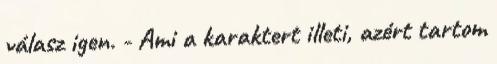
válasz igen. - Ami a karaktert illeti, azért tartom